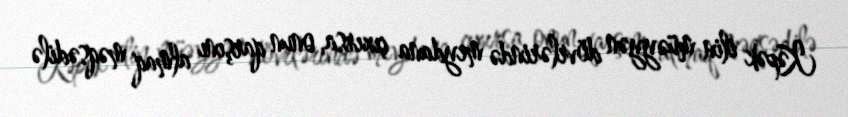
Kəpək ilin müəyyən dövrlərində meydana çıxırsa, onun qarşını almaq məqsədilə